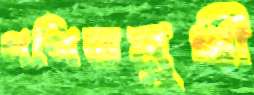
গণিতমুখী